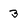
Character: 3